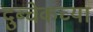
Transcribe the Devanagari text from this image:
दुब्चेकच्या